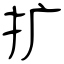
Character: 扩